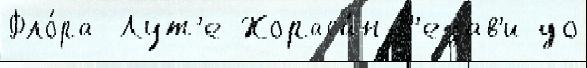
Фло́ра Лут'е Хораса́н-Р'езав'и до